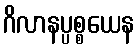
ဂိလာနပ္ပစ္စယေန